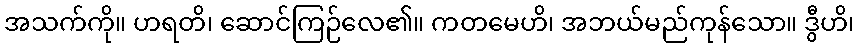
အသက်ကို။ ဟရတိ၊ ဆောင်ကြဉ်လေ၏။ ကတမေဟိ၊ အဘယ်မည်ကုန်သော။ ဒွီဟိ၊